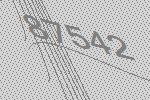
87542